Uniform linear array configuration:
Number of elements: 64
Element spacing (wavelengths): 0.5
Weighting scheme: uniform
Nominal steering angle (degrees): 60
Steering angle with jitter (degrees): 61.005
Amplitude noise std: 0.05
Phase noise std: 0.05

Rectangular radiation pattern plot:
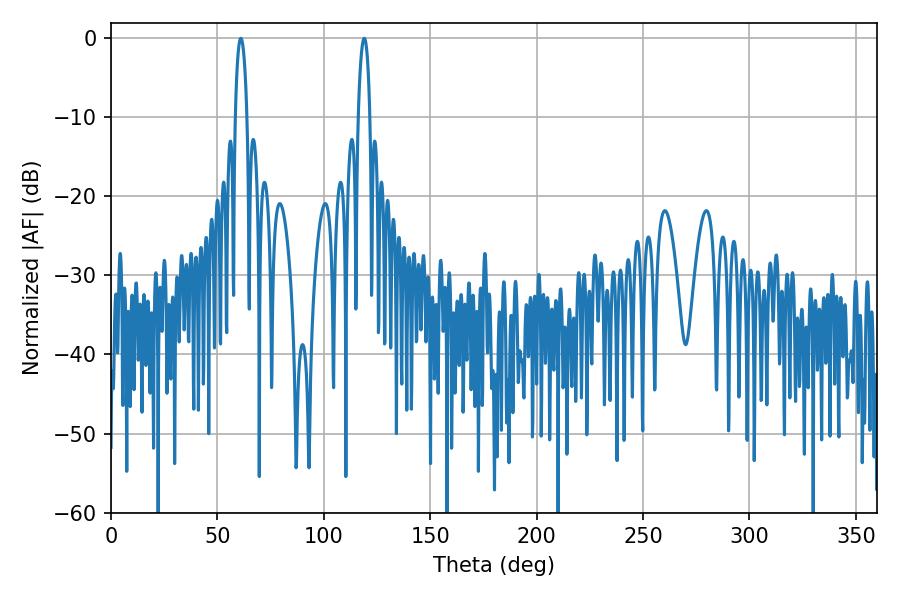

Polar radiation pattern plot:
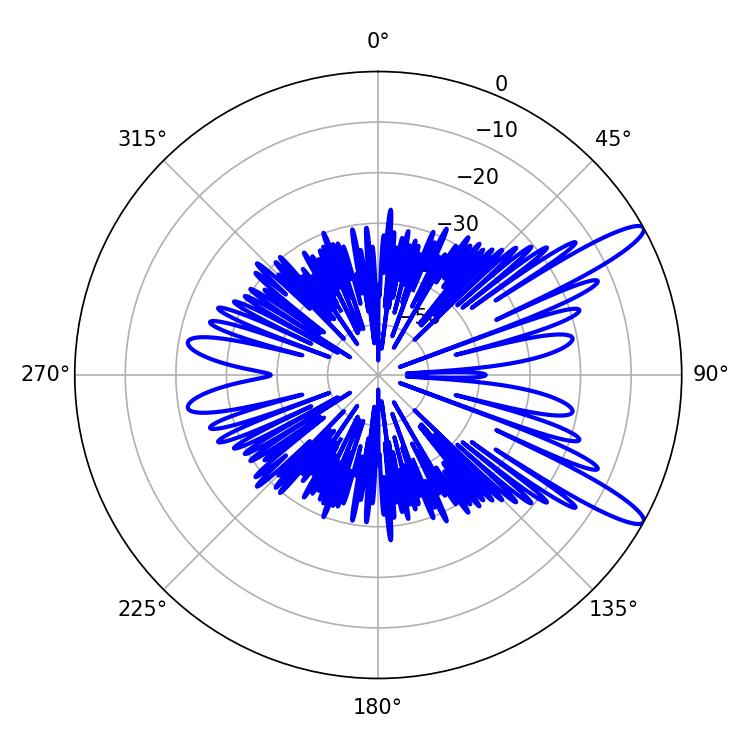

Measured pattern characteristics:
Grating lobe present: FALSE
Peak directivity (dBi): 12.603
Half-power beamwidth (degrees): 3.06
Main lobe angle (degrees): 61.02